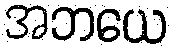
အဘယေ